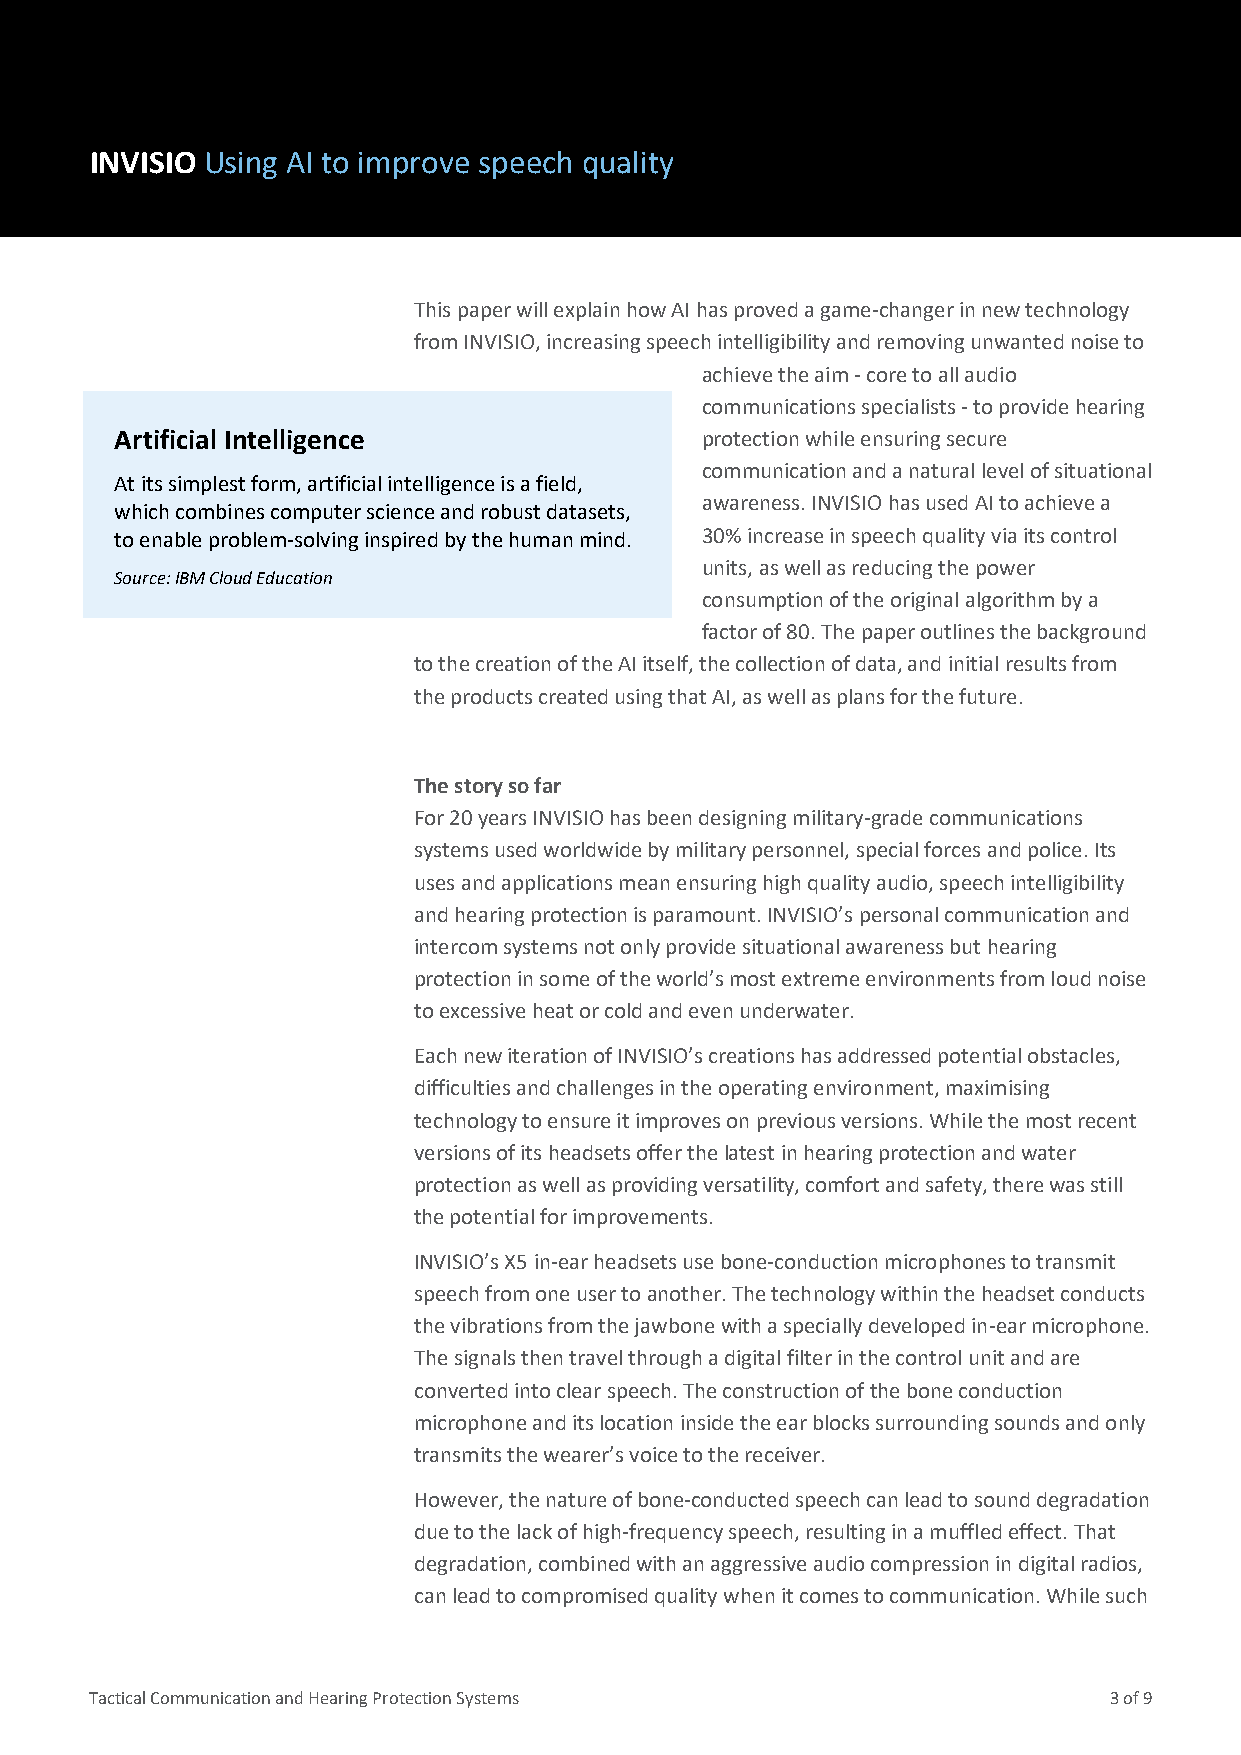
INVISIO Using AI to improve speech quality
 This paper will explain how AI has proved a game-changer in new technology
 from INVISIO, increasing speech intelligibility and removing unwanted noise to
 achieve the aim - core to all audio
 communications specialists - to provide hearing
 Artificial Intelligence               protection while ensuring secure
 communication and a natural level of situational
 At its simplest form, artificial intelligence is a field,
 awareness. INVISIO has used AI to achieve a
 which combines computer science and robust datasets,
 to enable problem-solving inspired by the human mind. 30% increase in speech quality via its control
 units, as well as reducing the power
 Source: IBM Cloud Education
 consumption of the original algorithm by a
 factor of 80. The paper outlines the background
 to the creation of the AI itself, the collection of data, and initial results from
 the products created using that AI, as well as plans for the future.
 The story so far
 For 20 years INVISIO has been designing military-grade communications
 systems used worldwide by military personnel, special forces and police. Its
 uses and applications mean ensuring high quality audio, speech intelligibility
 and hearing protection is paramount. INVISIO’s personal communication and
 intercom systems not only provide situational awareness but hearing
 protection in some of the world’s most extreme environments from loud noise
 to excessive heat or cold and even underwater.
 Each new iteration of INVISIO’s creations has addressed potential obstacles,
 difficulties and challenges in the operating environment, maximising
 technology to ensure it improves on previous versions. While the most recent
 versions of its headsets offer the latest in hearing protection and water
 protection as well as providing versatility, comfort and safety, there was still
 the potential for improvements.
 B
 INVISIO’s X5 in-ear headsets use bone-conduction microphones to transmit
 speech from one user to another. The technology within the headset conducts
 the vibrations from the jawbone with a specially developed in-ear microphone.
 The signals then travel through a digital filter in the control unit and are
 converted into clear speech. The construction of the bone conduction
 microphone and its location inside the ear blocks surrounding sounds and only
 transmits the wearer’s voice to the receiver.
 However, the nature of bone-conducted speech can lead to sound degradation
 due to the lack of high-frequency speech, resulting in a muffled effect. That
 degradation, combined with an aggressive audio compression in digital radios,
 can lead to compromised quality when it comes to communication. While such
 Tactical Communication and Hearing Protection Systems              3 of 9